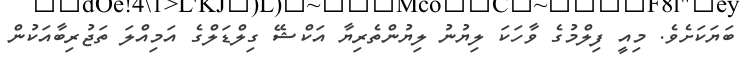
ބަޔަކަށެވެ. މިއީ ފިލްމުގެ ވާހަކަ ލިޔުނު ލިޔުންތެރިޔާ އަކްޝޭ ގިލްޑަލްގެ އަމިއްލަ ތަޖުރިބާއަކުން